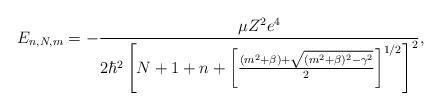
LaTeX: \begin{align*}E_{n,N,m}=-\frac{\mu Z^2e^4}{2\hbar^2\left[N+1+n+\left[\frac{(m^2+\beta)+\sqrt{(m^2+\beta)^2-\gamma^2}}{2}\right]^{1/2}\right]^2},\end{align*}